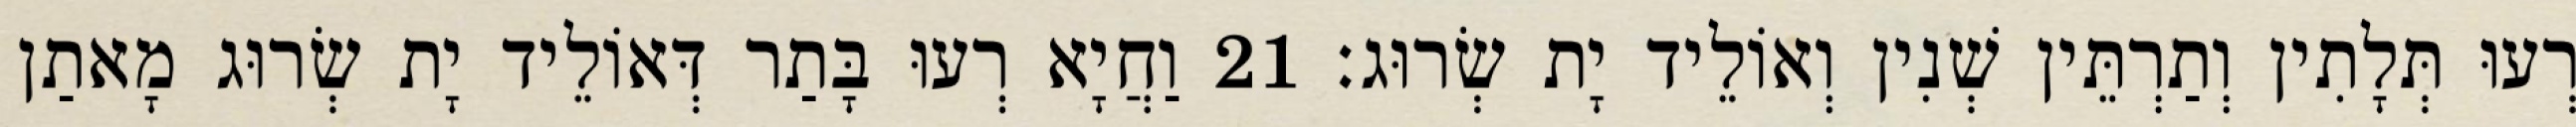
רְעוּ תְּלָתִין וְתַרְתֵּין שְׁנִין וְאוֹלֵיד יָת שְׂרוּג׃ 21 וַחֲיָא רְעוּ בָּתַר דְּאוֹלֵיד יָת שְׂרוּג מָאתַן